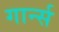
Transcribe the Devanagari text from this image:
गार्न्स